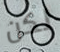
لكن